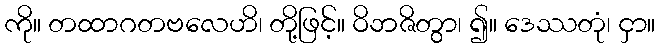
ကို။ တထာဂတဗလေဟိ၊ တို့ဖြင့်။ ဝိဘဇိတွာ၊ ၍။ ဒေဿတုံ၊ ငှာ။